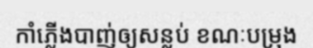
កាំភ្លើងបាញ់ឲ្យសន្លប់ ខណៈបម្រុង